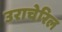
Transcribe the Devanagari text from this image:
उराचेरिल